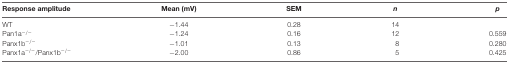
<table><thead><tr><td><b>Response amplitude</b></td><td><b>Mean (mV)</b></td><td><b>SEM</b></td><td><b><i>n</i></b></td><td><b><i>p</i></b></td></tr></thead><tbody><tr><td>WT</td><td>−1.44</td><td>0.28</td><td>14</td><td></td></tr><tr><td>Pan1a<sup>−/−</sup></td><td>−1.24</td><td>0.16</td><td>12</td><td>0.559</td></tr><tr><td>Panx1b<sup>−/−</sup></td><td>−1.01</td><td>0.13</td><td>8</td><td>0.280</td></tr><tr><td>Panx1a<sup>−/−</sup>/Panx1b<sup>−/−</sup></td><td>−2.00</td><td>0.86</td><td>5</td><td>0.425</td></tr></tbody></table>